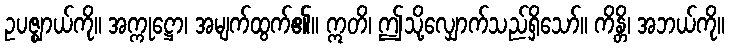
ဥပဇ္ဈာယ်ကို။ အက္ကုဋ္ဌော၊ အမျက်ထွက်၏။ ဣတိ၊ ဤသို့လျှောက်သည်ရှိသော်။ ကိန္တိ၊ အဘယ်ကို။